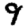
Digit: 9